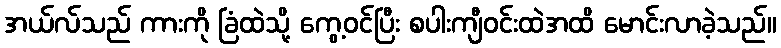
အယ်လ်သည် ကားကို ခြံထဲသို့ ကွေ့ဝင်ပြီး စပါးကျီဝင်းထဲအထိ မောင်းလာခဲ့သည်။